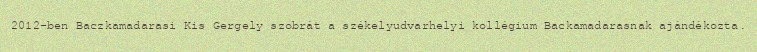
2012-ben Baczkamadarasi Kis Gergely szobrát a székelyudvarhelyi kollégium Backamadarasnak ajándékozta.